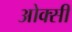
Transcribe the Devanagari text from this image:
ओक्सी